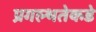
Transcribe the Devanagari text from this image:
प्रगल्‍भतेकडे